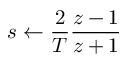
s \leftarrow { \frac { 2 } { T } } { \frac { z - 1 } { z + 1 } }